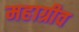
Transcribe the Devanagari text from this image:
महाग्रीव